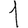
Digit: 1